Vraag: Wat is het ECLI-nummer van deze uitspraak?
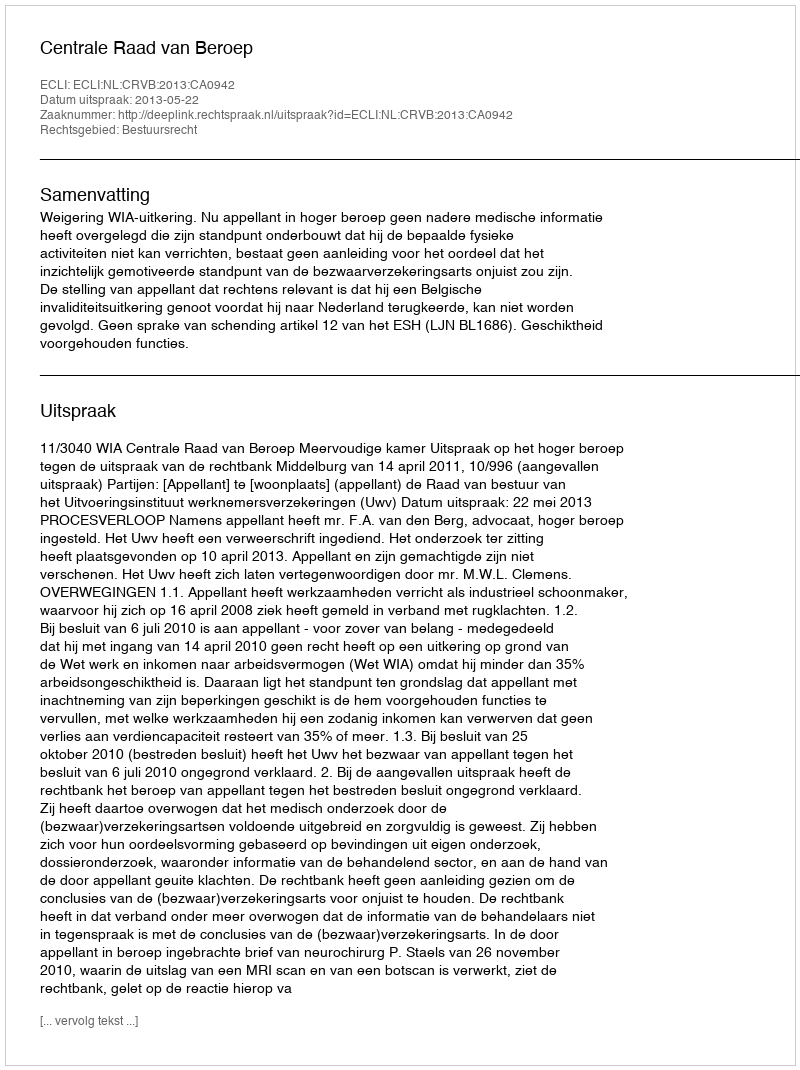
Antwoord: ECLI:NL:CRVB:2013:CA0942